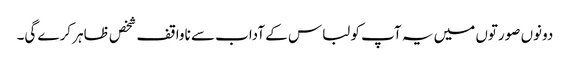
دونوں صورتوں میں یہ آپ کو لباس کے آداب سے ناواقف شخص ظاہر کرے گی۔